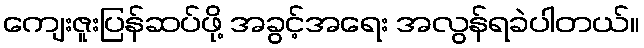
ကျေးဇူးပြန်ဆပ်ဖို့ အခွင့်အရေး အလွန်ရခဲပါတယ်။